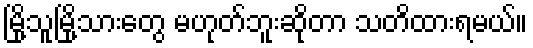
မြို့သူမြို့သားတွေ မဟုတ်ဘူးဆိုတာ သတိထားရမယ်။